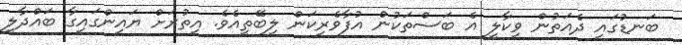
ބަނޑުގައި ދެއަތުން ވިކާލީ އެ ބަސްތަކުން އުފާވެރިކަން ލިބޭތީއެވެ. އިތުރަށް ޔައިންގައިގާ ބައްދާލީ